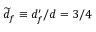
\widetilde { d } _ { f } \equiv d _ { f } ^ { \prime } / d = 3 / 4